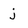
Character: j